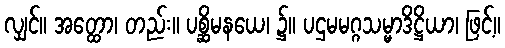
လျှင်။ အတ္ထော၊ တည်း။ ပစ္ဆိမနယေ၊ ၌။ ပဌမမဂ္ဂသမ္မာဒိဋ္ဌိယာ၊ ဖြင့်။